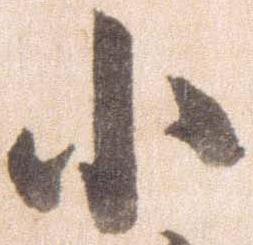
小